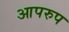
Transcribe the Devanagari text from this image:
आपरुप